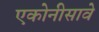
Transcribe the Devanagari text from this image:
एकोनीसावे